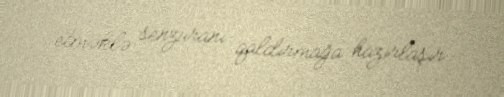
etməklə senzuranı qaldırmağa hazırlaşır.